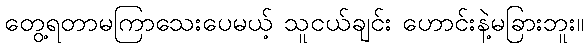
တွေ့ရတာမကြာသေးပေမယ့် သူငယ်ချင်း ဟောင်းနဲ့မခြားဘူး။